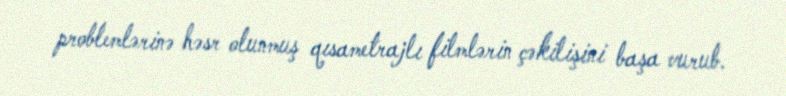
problemlərinə həsr olunmuş qısametrajlı filmlərin çəkilişini başa vurub.